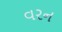
વરન